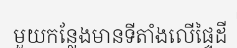
មួយកន្លែងមានទីតាំងលើផ្ទៃដី